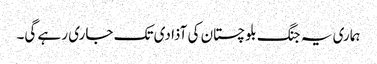
ہماری یہ جنگ بلوچستان کی آذادی تک جاری رہے گی۔